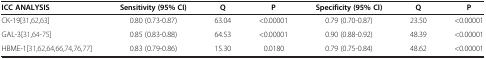
<table><thead><tr><td><b>ICC ANALYSIS</b></td><td><b>Sensitivity (95% CI)</b></td><td><b>Q</b></td><td><b>P</b></td><td><b>Specificity (95% CI)</b></td><td><b>Q</b></td><td><b>P</b></td></tr></thead><tbody><tr><td>CK-19[31,62,63]</td><td>0.80 (0.73-0.87)</td><td>63.04</td><td>&lt;0.00001</td><td>0.79 (0.70-0.87)</td><td>23.50</td><td>&lt;0.00001</td></tr><tr><td>GAL-3[31,64-75]</td><td>0.85 (0.83-0.88)</td><td>64.53</td><td>&lt;0.00001</td><td>0.90 (0.88-0.92)</td><td>48.39</td><td>&lt;0.00001</td></tr><tr><td>HBME-1[31,62,64,66,74,76,77]</td><td>0.83 (0.79-0.86)</td><td>15.30</td><td>0.0180</td><td>0.79 (0.75-0.84)</td><td>48.62</td><td>&lt;0.00001</td></tr></tbody></table>